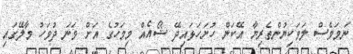
ނަމަވެސް ލަވަކިޔުންތެރިޔާ އޭކަން ހުށަހަޅައިދޭ ޝޯއެއް މިމަހުގެ އަށް ވަނަ ދުވަހު މާލޭގައި